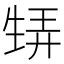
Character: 𤯨